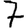
Digit: 7